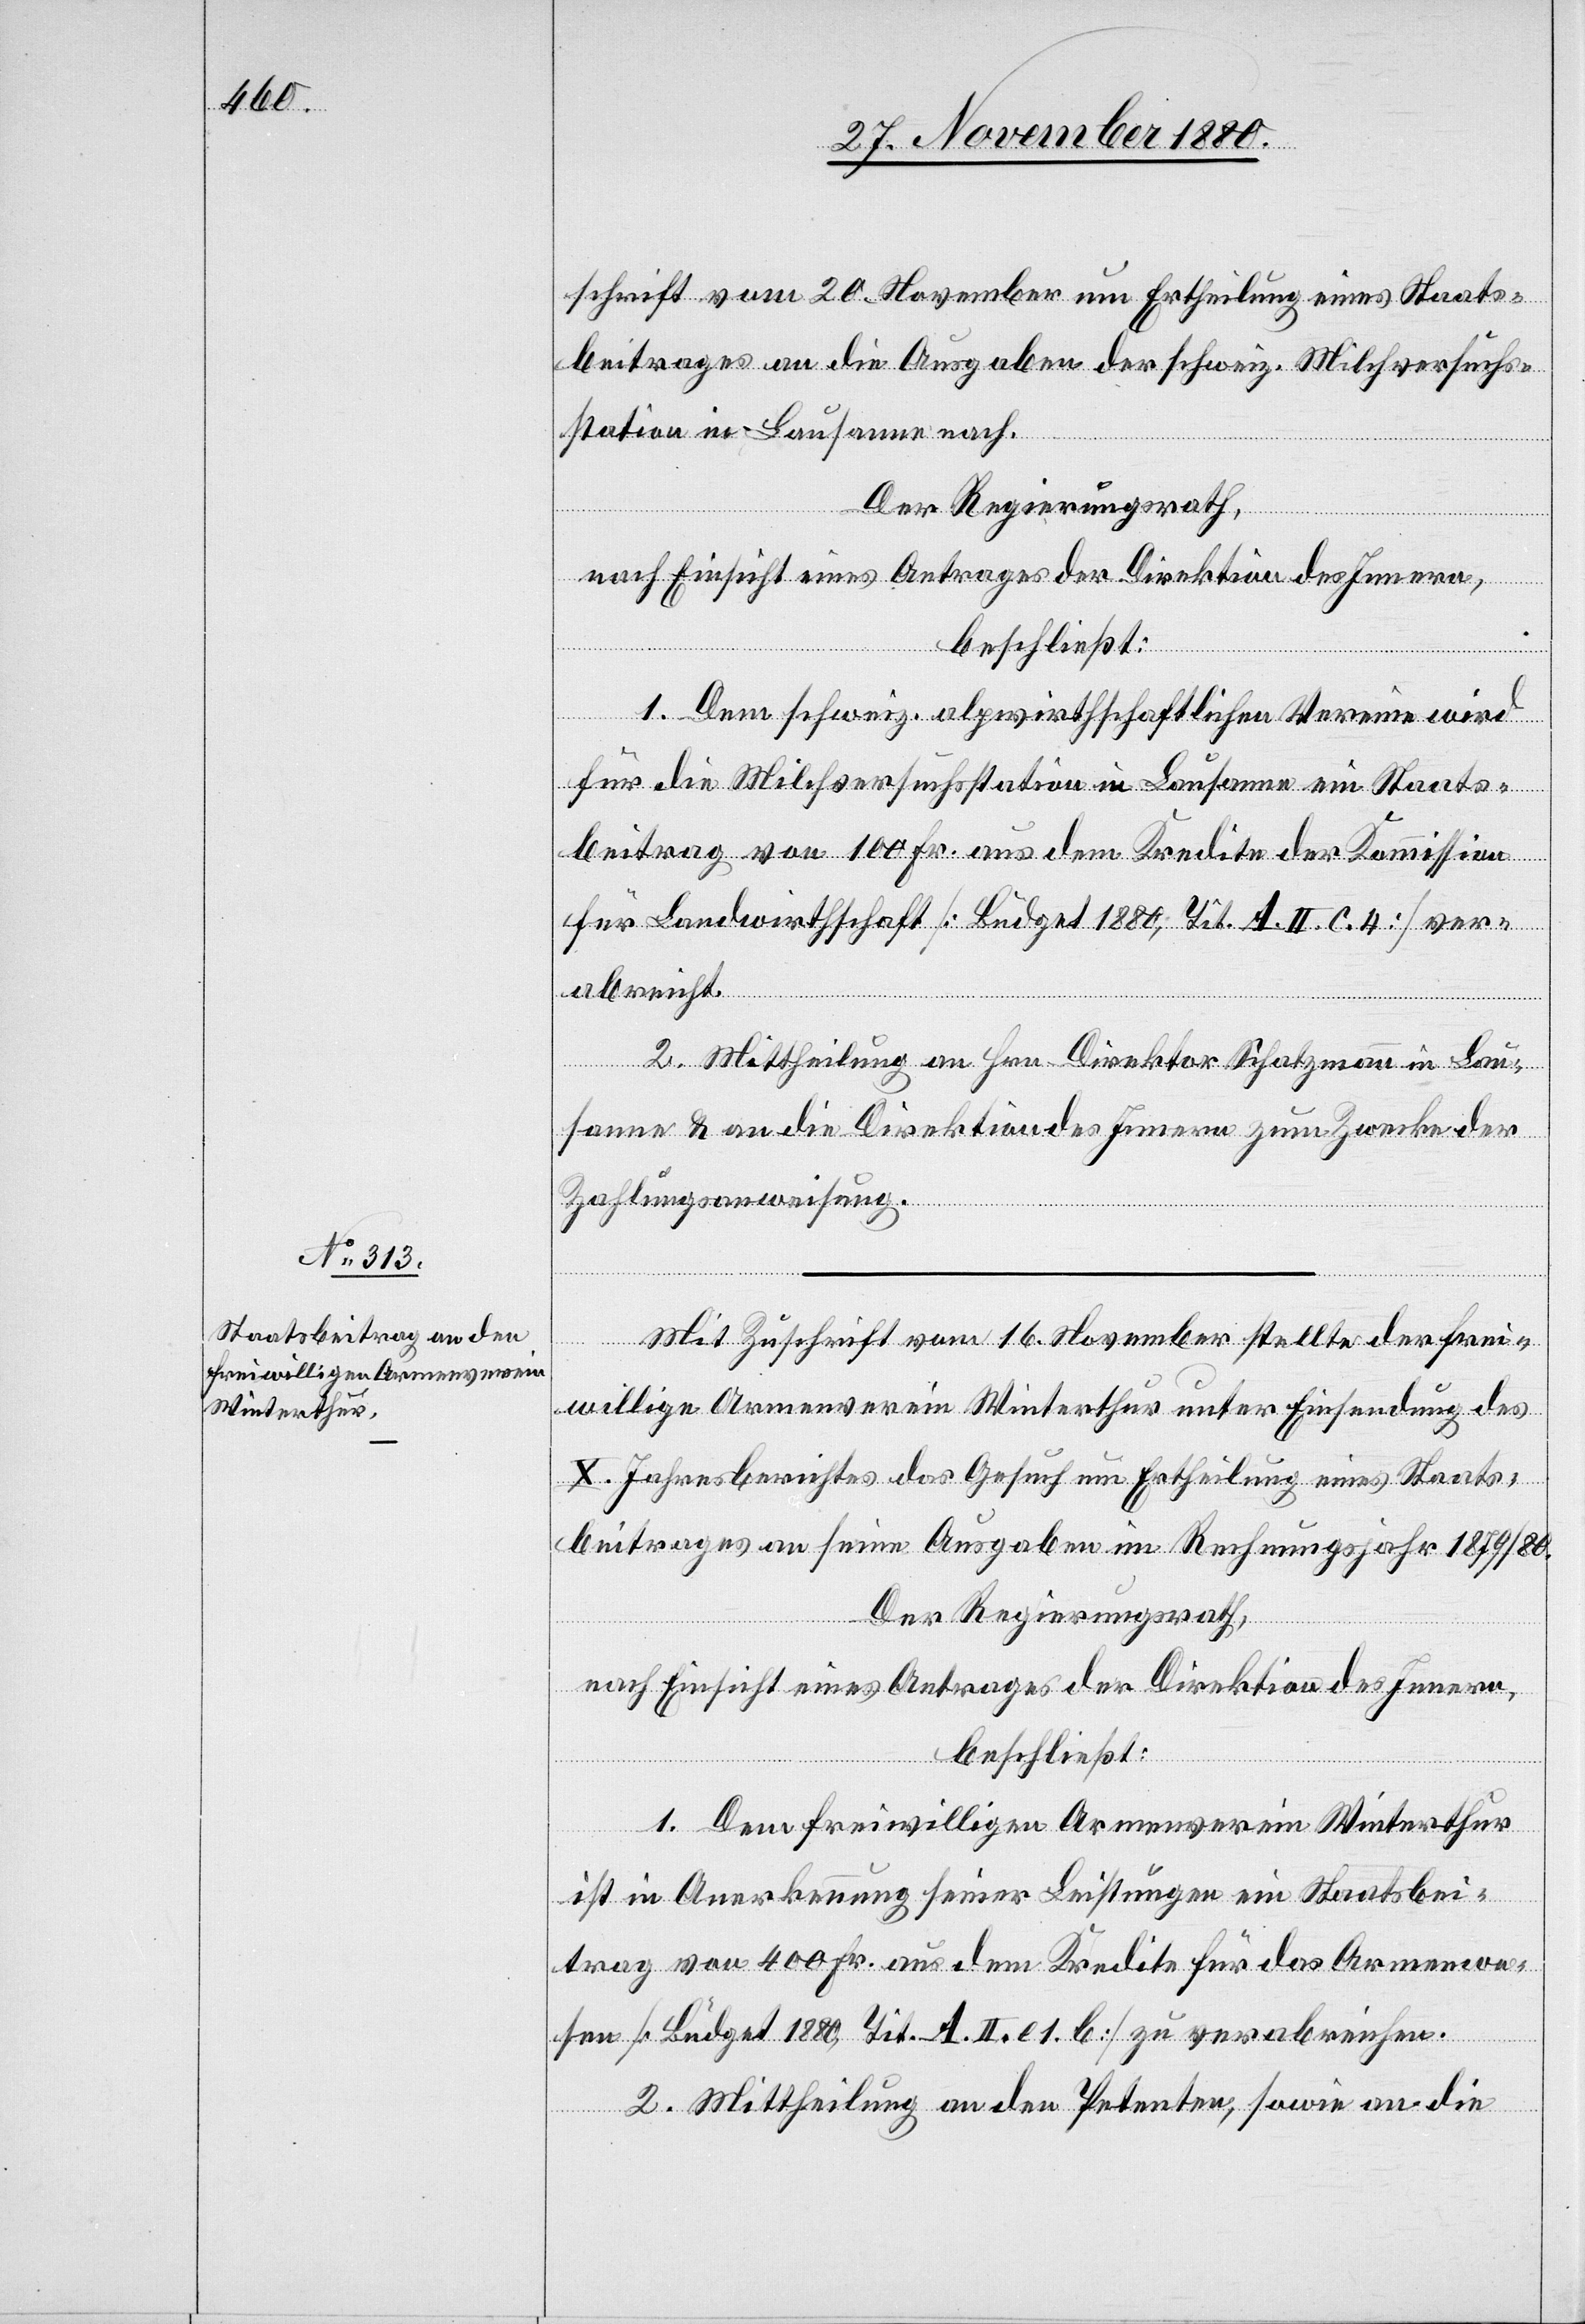
schrift vom 20. November um Ertheilung eines Staats¬
beitrages an die Ausgaben der schweiz. Milchversuchs¬
station in Lausanne nach.
Der Regierungsrath,
nach Einsicht eines Antrages der Direktion des Innern,
beschließt:
1. Dem schweiz. alpwirtschaftlichen Verein wird
für die Milchversuchsstation in Lausanne ein Staats¬
beitrag von 100 Fr. aus dem Kredite der Kommission
für Landwirthschaft [Büdget 1880, Tit. A. II. C. 4] ver¬
abreicht.
2. Mittheilung an Hrn. Direktor Schatzmann in Lau¬
sanne & an die Direktion des Innern zum Zwecke der
Zahlungsanweisung.
Mit Zuschrift vom 16. November stellte der frei¬
willige Armenverein Winterthur unter Einsendung des
X. Jahresberichtes das Gesuch um Ertheilung eines Staats¬
beitrages an seine Ausgaben im Rechnungsjahr 1879/80.
Der Regierungsrath,
nach Einsicht eines Antrages der Direktion des Innern,
beschließt:
1. Dem freiwilligen Armenverein Winterthur
ist in Anerkennung seiner Leistung ein Staatsbei¬
trag von 400 Fr. aus dem Kredite für das Armenwe¬
sen [Büdget 1880, Tit. A. II. c 1. b] zu verabreichen.
2. Mittheilung an den Petenten, sowie an die